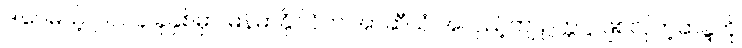
ဒါပေမယ့် ၂၀၁၄ ခုနှစ်မှာ မြန်မာနိုင်ငံက အာဆီယံ အလှည့်ကျ ဥက္ကဋ္ဌ ဖြစ်လိုတဲ့ဆန္ဒကို